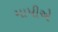
માપીએ